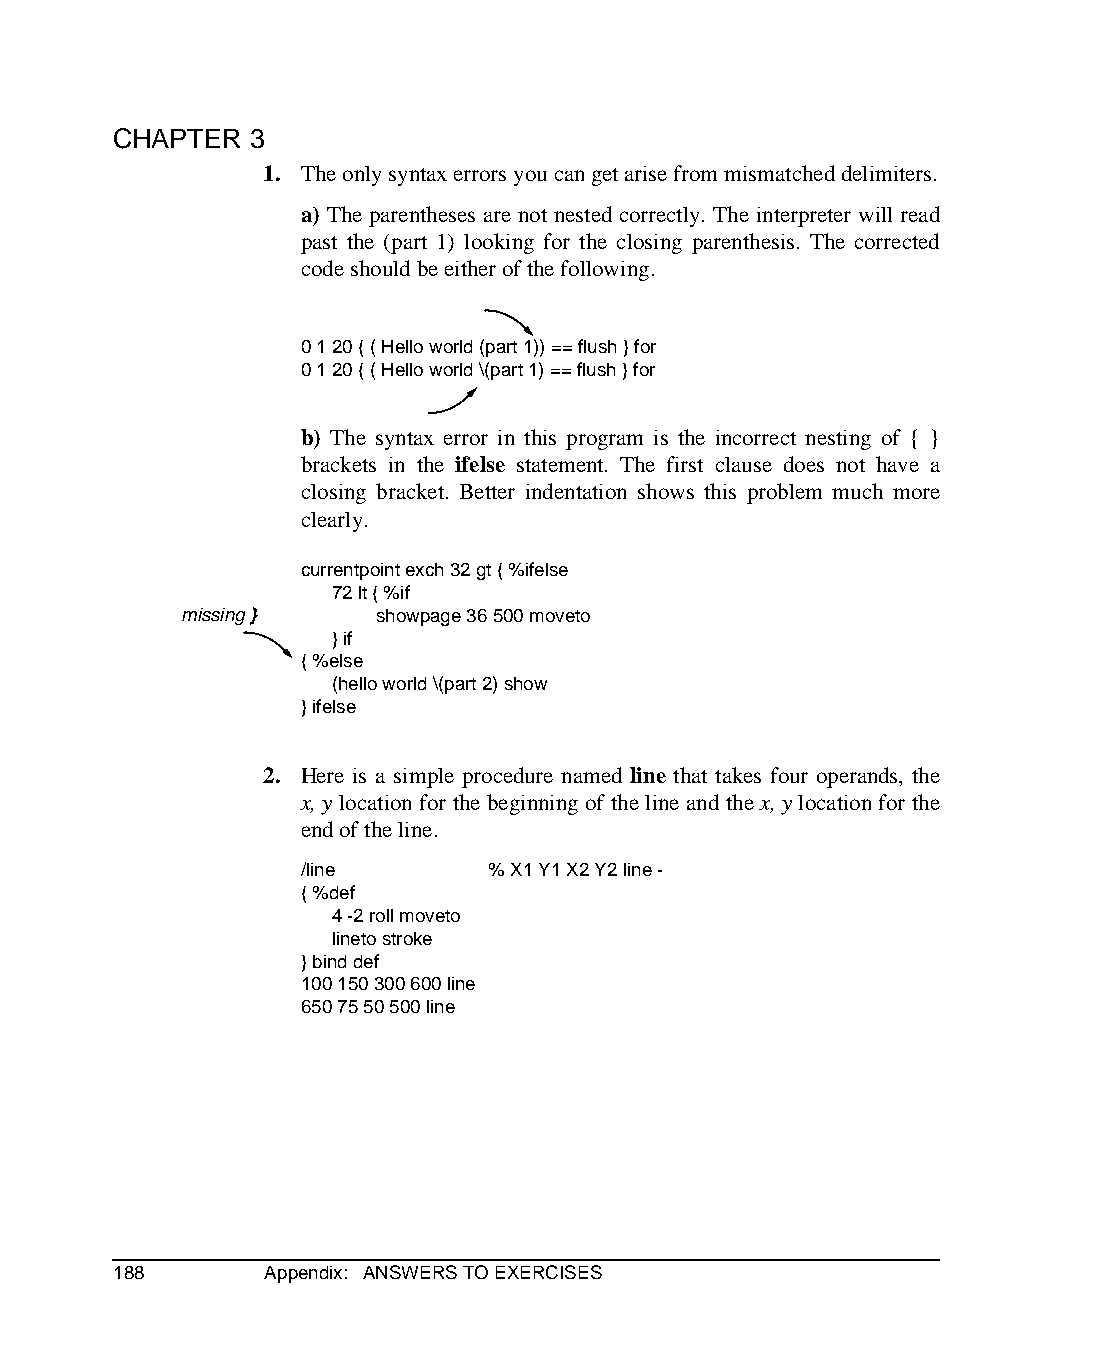
CHAPTER  3
 1. The only syntax errors you can get arise from mismatched delimiters.
 a) The parentheses are not nested correctly. The interpreter will read
 past the (part 1) looking for the closing parenthesis. The corrected
 code should be either of the following.
 0 1 20 { ( Hello world (part 1)) == flush } for
 0 1 20 { ( Hello world \(part 1) == flush } for
 b) The syntax error in this program is the incorrect nesting of { }
 brackets in the ifelse statement. The first clause does not have a
 closing bracket. Better indentation shows this problem much more
 clearly.
 currentpoint exch 32 gt { %ifelse
 72 lt { %if
 missing }    showpage 36 500 moveto
 } if
 { %else
 (hello world \(part 2) show
 } ifelse
 2. Here is a simple procedure named line that takes four operands, the
 x, y location for the beginning of the line and the x, y location for the
 end of the line.
 /line       % X1 Y1 X2 Y2 line -
 { %def
 4 -2 roll moveto
 lineto stroke
 } bind def
 100 150 300 600 line
 650 75 50 500 line
 188       Appendix: ANSWERS TO EXERCISES